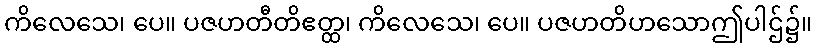
ကိလေသေ၊ ပေ။ ပဇဟတီတိဧတ္ထ၊ ကိလေသေ၊ ပေ။ ပဇဟတိဟသောဤပါဌ်၌။